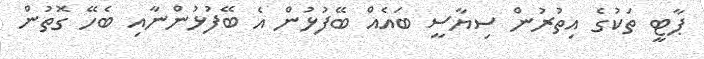
ޕާޓީ ތަކުގެ އިތުރުން ސިޔާސީ ބައެއް ބޭފުޅުން އެ ބޭފުޅުންނާއި ބެހޭ ގޮތުން